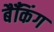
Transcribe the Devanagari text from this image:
बैँकिंग